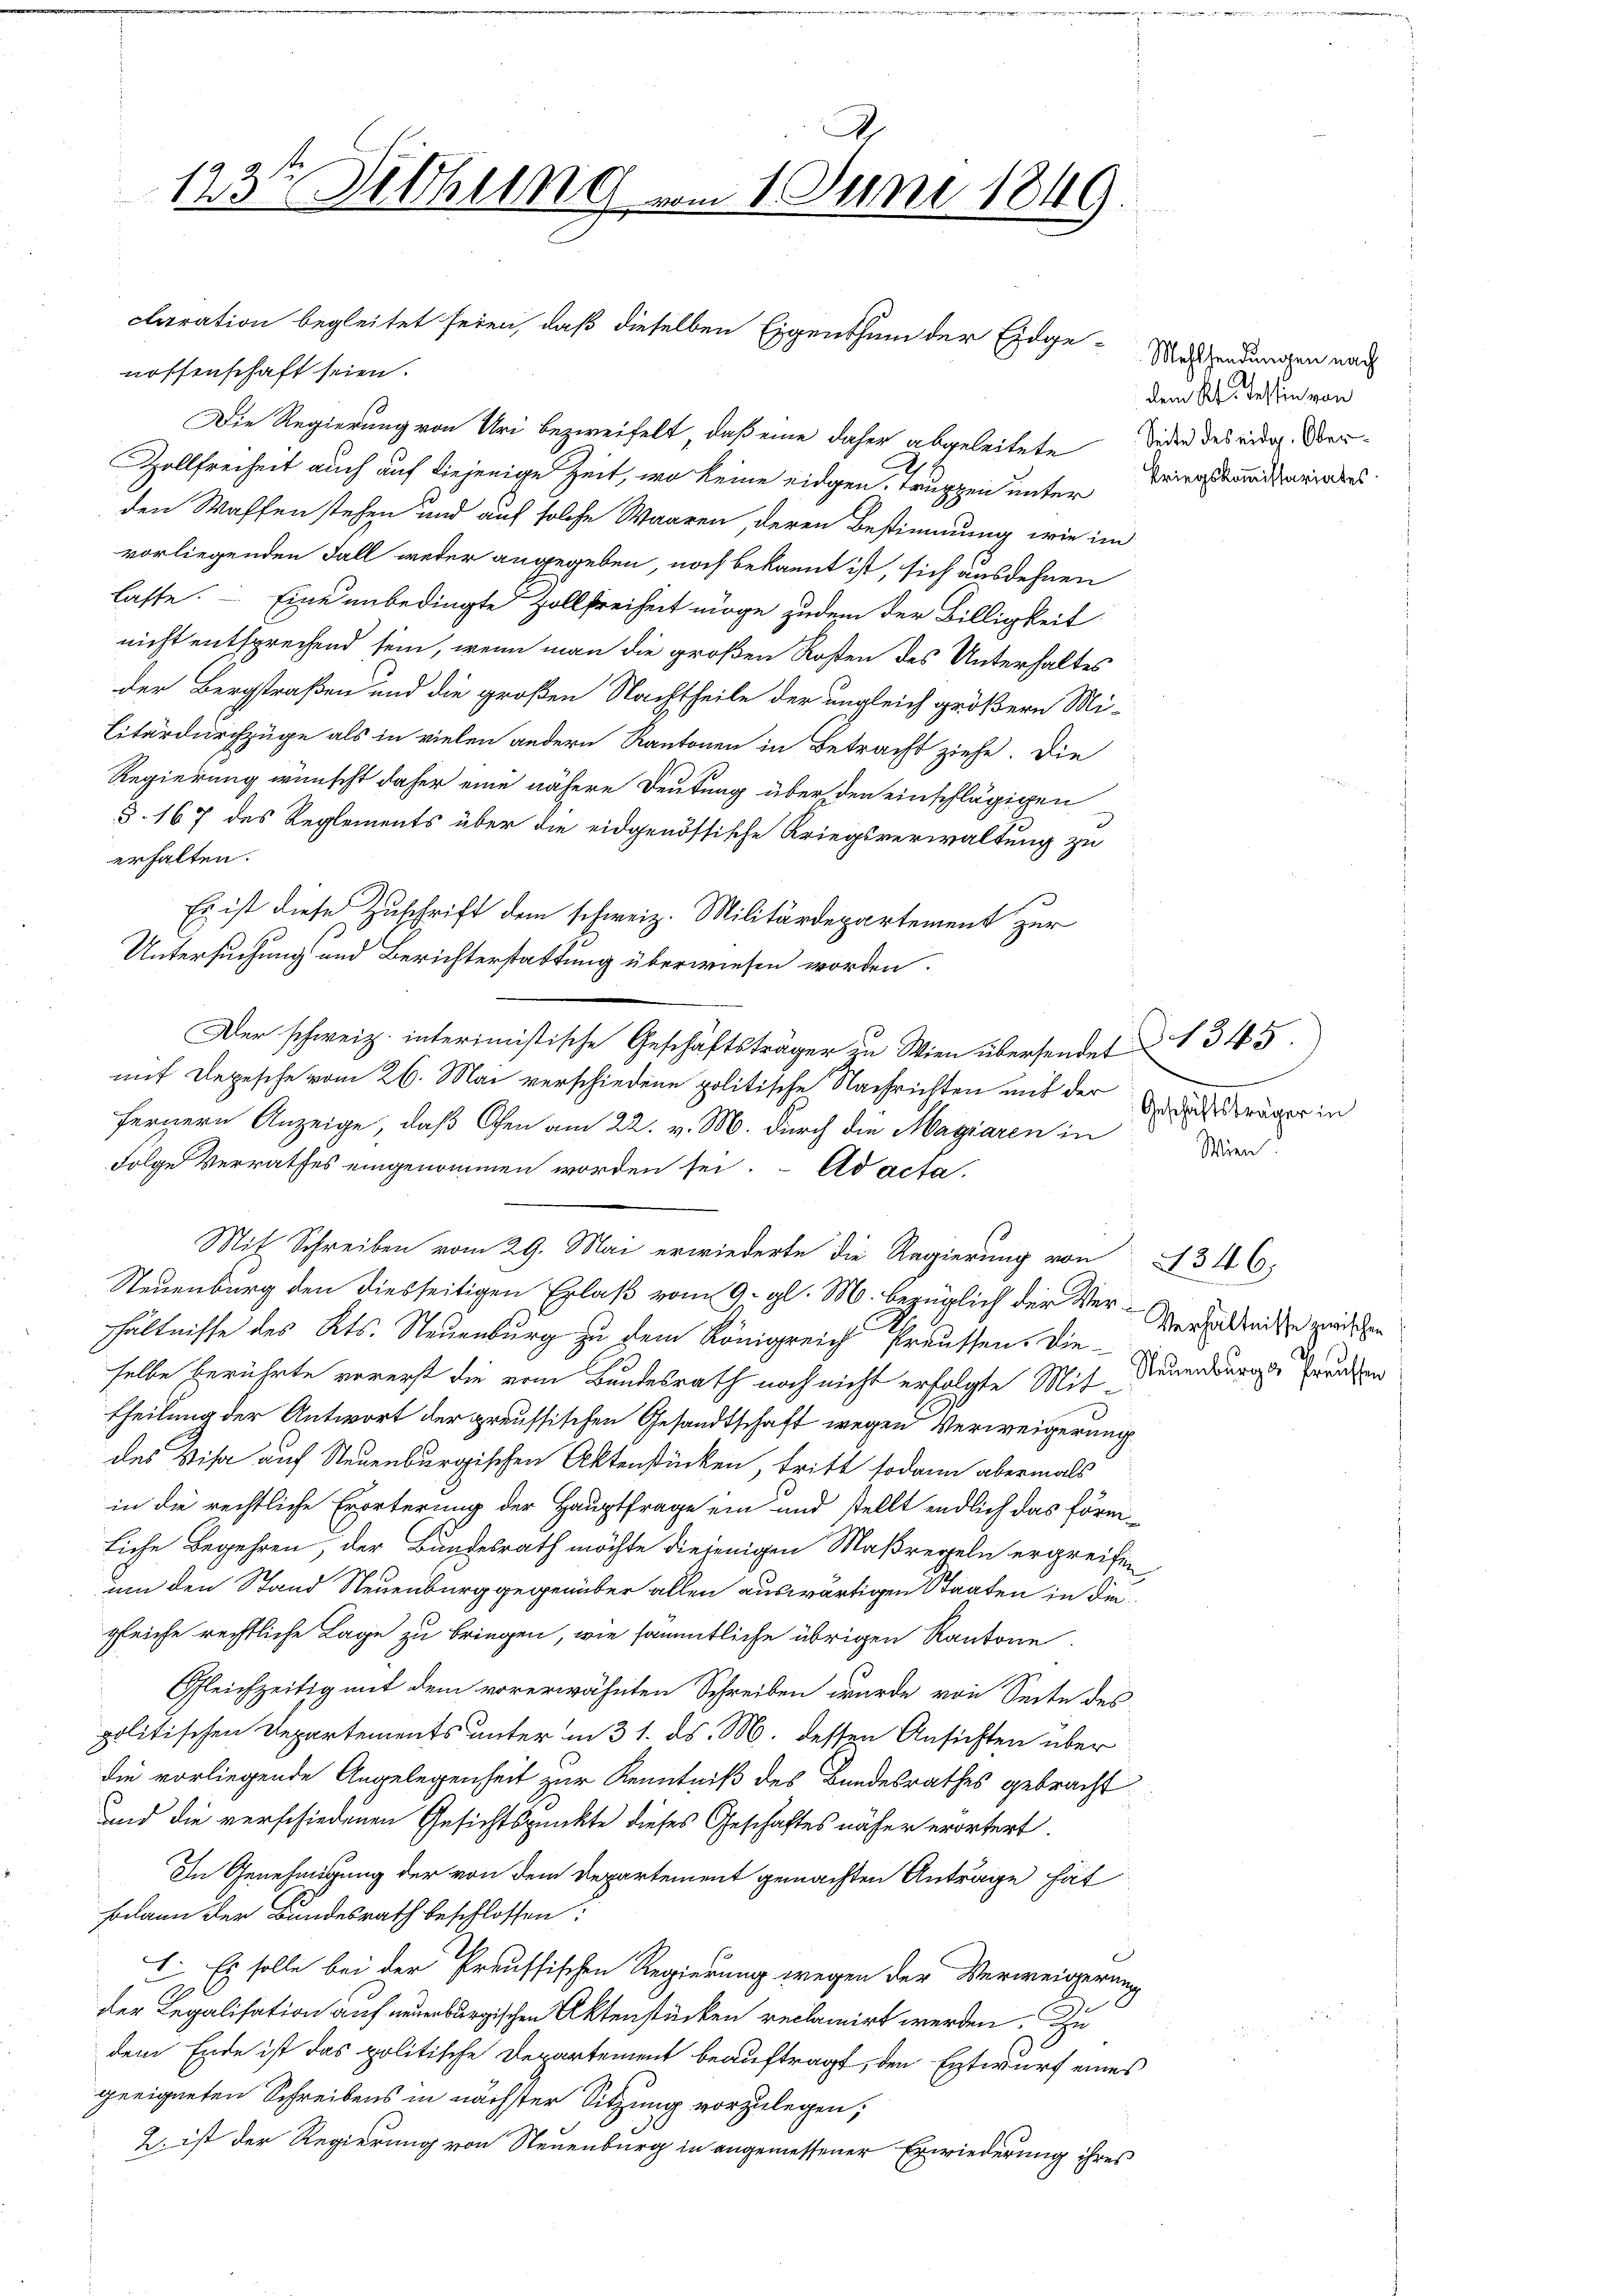
123. Diehung vom 1. Juni 1849

Der schweiz. interimistische Geschäftsträger zu Wien übersendet
mit Depesche vom 26. Mai verschiedene politische Nachrichten mit der
fernern Anzeige, daß Ofen am 22. v. M. durch die Magiaren in
Folge Verrathes eingenommen worden sei. Ad acta.
Mit Schreiben vom 29. Mai erwiederte die Regierung von 4346;

nossenschaft seien.
Die Regierung von Uri bezweifelt, daß eine daher abgeleitete oder des eidg. Ver¬
Zollfreiheit auch auf diejenige Zeit, wo keine eidgen. Truppen unter Kriegskandiders.
den Waffen stehen und auf solche Waaren, deren Bestimmung wie im
vorliegenden Fall weder angegeben, noch bekannt ist, sich ausdehnen
lasse. — Eine unbedingte Zollfreiheit möge zudem der Billigkeit
nicht entsprechend sein, wenn man die großen Rosten des Unterhaltes
der Bergstraßen und die großen Nachtheile der ungleich größern Mi¬
Citardurchzüge als in vielen andern Kantonen in Betracht ziehe. Die
Regierung wünscht daher eine nähere Deutung über den einschlägigen
§. 167 des Reglements über die eidgenössische Kriegsverwaltung zu
erhalten.
Es ist diese Zuschrift dem schweiz. Militärdepartement zur
Untersuchung und Berichterstattung überwiesen worden.
Steuenburg den diesseitigen Erlaß vom 9. gl. M. bezüglich der Ver-Verhaltnisse zwischen
hältnisse des Kts. Neuenburg zu dem Königreich Preussen. Dieselbe berührte vorerst die vom Bundesrath noch nicht erfolgte Mit-
theilung der Antwort der preussischen Gesandtschaft wegen Verweigerung
des Visa auf Steuenburgischen Aktenstücken, tritt sodann abermals
in die rechtliche Erörterung der Hauptfrage ein und stellt endlich das förmliche Begehren, der Bundesrath möchte diejenigen Maßregeln ergreifen,
um den Stand Neuenburg gegenüber allen auswärtigen Staaten in die
gleiche rechtliche Lage zu bringen, wie sämmtliche übrigen Kantone.
Gleichzeitig mit dem vorerwähnten Schreiben wurde von Seite des
politischen Departements unter in 31. ds. M. dessen Ansichten über
die vorliegende Angelegenheit zur Kenntniß des Bundesrathes gebracht
und die verschiedenen Gesichtspunkte dieses Geschäftes näher erörtert.
In Genehmigung der von dem Departement gemachten Anträge hät
Fodann der Bundesrath beschlossen:
I. Es solle bei der Preussischen Regierung wegen der Verweigerung
der Legalisation auf neuenburgischen Aktenstücken reclamirt werden. Zu
dem Ende ist das politische Departement beauftragt, den Entwurf eines
geeigneten Schreibens in nächster Sitzung vorzulegen,
2. ist der Regierung von Neuenburg in angemessener Erwiederung ihres

claration begleitet seien, daß dieselben Eigenthum der Eidge¬

Mehlendungen nach
dem Kt. Tessin von

§ 1345.
Geschäftsträger in
Wien

Neuenburg Preussen: